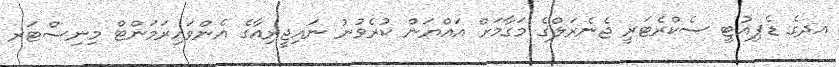
އދގެ ޑެޕިއުޓީ ސެކްރެޓަރީ ޖެނެރަލްގެ މަގާމަށް އައްޔަން ކުރެވުނު ނައިޖީރިއާގެ އެންވައިރަމަންޓް މިނިސްޓަރ